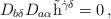
LaTeX: \begin{align*}D_{b\delta}D_{a\alpha}\tilde{{\rm h}}^{\dot{\gamma}\delta}=0\,,\end{align*}